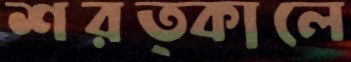
শরত্কালে